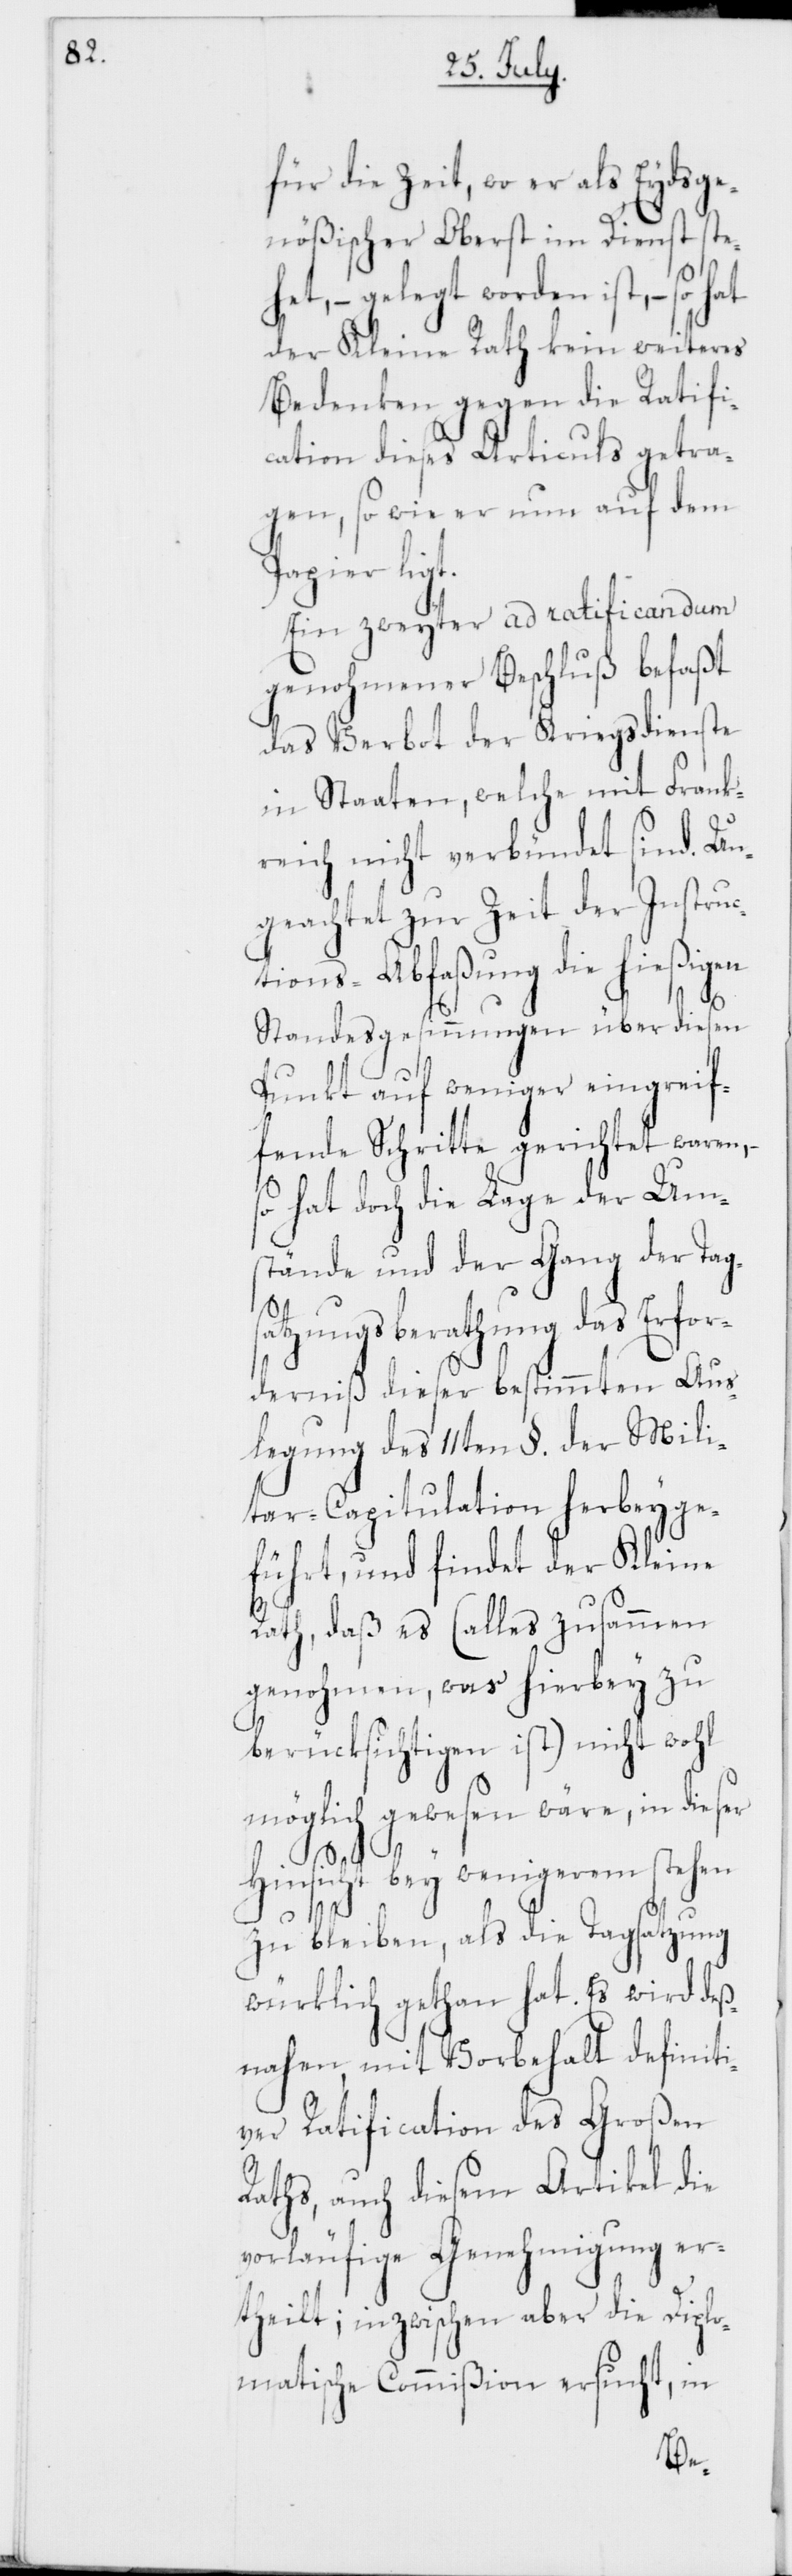
für die Zeit, wo er als Eydsge¬
nößischer Oberst im Dienst ste¬
het, – gelegt worden ist, – so
der Kleine Rath kein weiteres
Bedenken gegen die Ratifi¬
cation dieses Articuls getra¬
gen, so wie er nun auf dem
Papier ligt.
Ein zweyter ad ratificandum
genohmener Beschluß befaßt
das Verbot der Kriegsdienste
in Staaten, welche mit Frank¬
reich nicht verbündet sind. Un¬
geachtet zur Zeit der Instruc¬
tions-Abfaßung die hießigen
Standesgesinnungen über diesen
Punkt auf weniger eingrei¬
fende Schritte gerichtet waren,
so hat doch die Lage der Um¬
stände und der Gang der Tags¬
atzungsberathung das Erfor¬
derniß dieser bestimmten Aus¬
legung des 11ten §. der Mili¬
tar-Capitulation herbeyge¬
führt, und findet der Kleine
Rath, daß es (alles zusammen¬
genohmen, was hierbey zu
berücksichtigen ist) nicht wohl
möglich gewesen wäre, in dieser
Hinsicht bey wenigerem stehen
zu bleiben, als die Tagsatzung
würklich gethan hat. Es wird deß¬
nahen, mit Vorbehalt definiti¬
ver Ratification des Großen
Raths, auch diesem Artikel die
vorläufige Genehmigung er¬
theilt; inzwischen aber die Diplo¬
matische Commißion ersucht, in